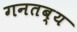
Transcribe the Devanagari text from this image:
गनतब्य